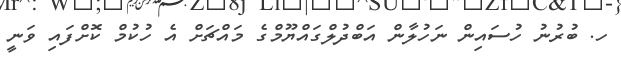
ހ. ބުރުނު ހުސައިން ނަހުލާން އަބްދުލްގައްޔޫމްގެ މައްޗަށް އެ ހުކުމް ކޮށްފައި ވަނީ